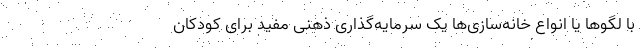
با لگوها یا انواع خانه‌سازی‌ها یک سرمایه‌گذاری ذهنی مفید برای کودکان